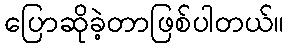
ပြောဆိုခဲ့တာဖြစ်ပါတယ်။